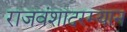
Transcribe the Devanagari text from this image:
राजवंशादरम्यान